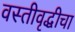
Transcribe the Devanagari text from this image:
वस्तीवृद्धीचा